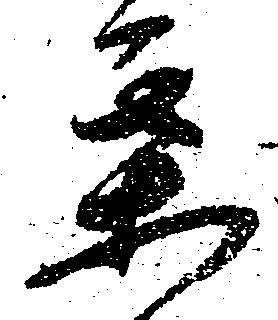
某